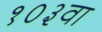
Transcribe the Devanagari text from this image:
१०३वा